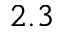
2 . 3